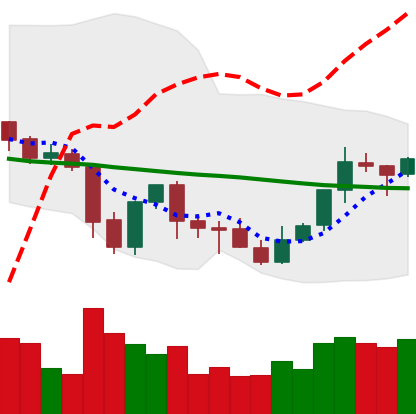
Ticker: XLM-USD
Chart end date: 2021-10-05
Forward return: 4.21%
Label: up_3_5